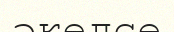
әкелсе